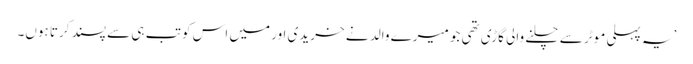
’یہ پہلی موٹر سے چلنے والی گاڑی تھی جو میرے والد نے خریدی اور میں اس کو تب ہی سے پسند کرتا ہوں۔